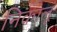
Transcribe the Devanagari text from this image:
निकालूं